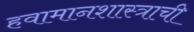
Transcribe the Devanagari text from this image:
हवामानशास्त्राची